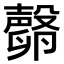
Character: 𣫘